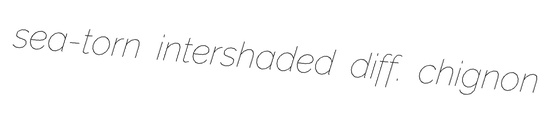
sea-torn intershaded diff. chignon